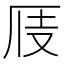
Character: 𠩍